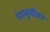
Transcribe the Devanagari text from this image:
रंंगभूमीवर